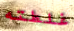
غلطته